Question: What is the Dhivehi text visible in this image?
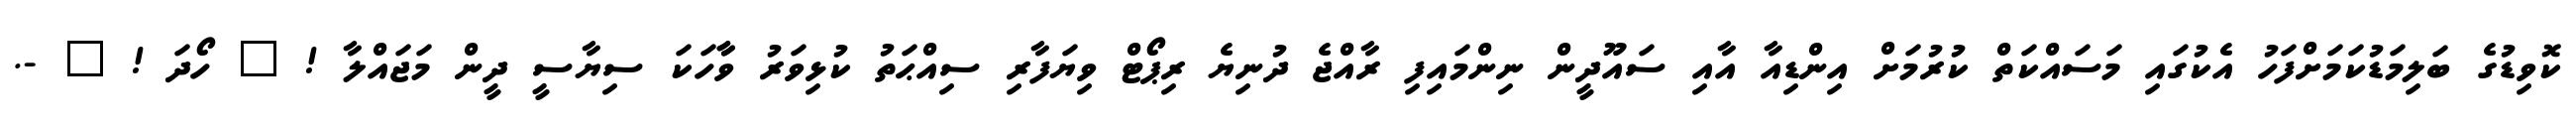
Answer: ކޮވިޑުގެ ބަލިމަޑުކަމަށްފަހު އެކުގައި މަސައްކަތް ކުރުމަށް އިންޑިއާ އާއި ސައޫދީން ނިންމައިފި ރާއްޖެ ދުނިޔެ ރިޕޯޓް ވިޔަފާރި ސިއްޙަތު ކުޅިވަރު ވާާހަކަ ސިޔާސީ ދީން މަޖައްލާ ! ? ހޯދަ ! ? -.